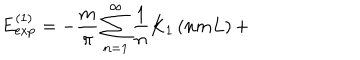
E _ { \exp } ^ { \left( 1 \right) } = - \frac m \pi \sum _ { n = 1 } ^ { \infty } \frac 1 n K _ { 1 } \left( n m L \right) +